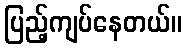
ပြည့်ကျပ်နေတယ်။